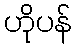
ဟိုပန်